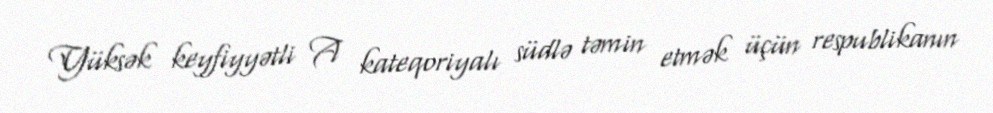
Yüksək keyfiyyətli A kateqoriyalı südlə təmin etmək üçün respublikanın